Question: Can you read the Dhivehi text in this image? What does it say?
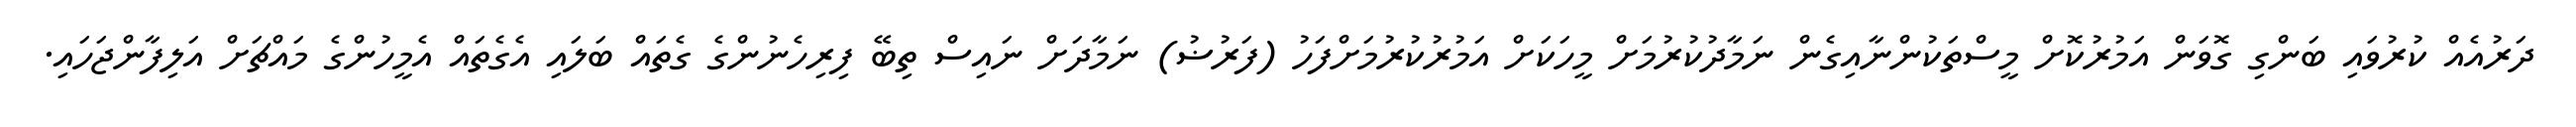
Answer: ދަރުއެއް ކުރުވައި ބަންގި ގޮވަން އަމުރުކޮށް މީސްތަކުންނާއިގެން ނަމާދުކުރުމަށް މީހަކަށް އަމުރުކުރުމަށްފަހު (ފަރުޟު) ނަމާދަށް ނައިސް ތިބޭ ފިރިހެނުންގެ ގެތައް ބަލައި އެގެތައް އެމީހުންގެ މައްޗަށް އަލިފާންޖަހައި.